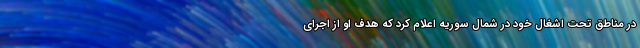
در مناطق تحت اشغال خود در شمال سوریه اعلام کرد که هدف او از اجرای